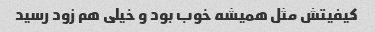
کیفیتش مثل همیشه خوب بود و خیلی هم زود رسید